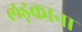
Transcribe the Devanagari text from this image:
लड़काना